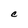
Character: C